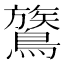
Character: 鷟